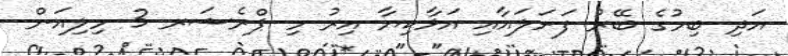
އަދި ބިމުގެ ބޭރު ފަށަލައާއި އަޅާކިޔާ އިރު މި ޕްރެޝަރ 3 މިލިއަން